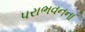
પરાભવનના